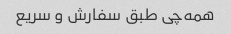
همه‌چی طبق سفارش و سریع